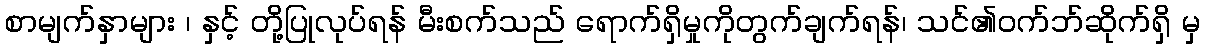
စာမျက်နှာများ ၊ နှင့် တို့ပြုလုပ်ရန် မီးစက်သည် ရောက်ရှိမှုကိုတွက်ချက်ရန်၊ သင်၏ဝက်ဘ်ဆိုက်ရှိ မှ